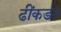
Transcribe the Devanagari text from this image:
ढींकङा